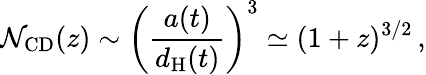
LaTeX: \mathcal{N}_{\mathrm{{CD}}}(z)\sim\left({\frac{{a(t)}}{{d_{\mathrm{{H}}}(t)}}}\right)^{3}\simeq(1+z)^{3/2}\, ,